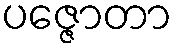
ပဇ္ဇောတာ